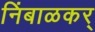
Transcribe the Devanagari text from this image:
निंबाळकर्